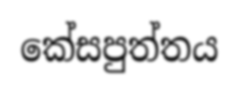
කේසපුත්තය